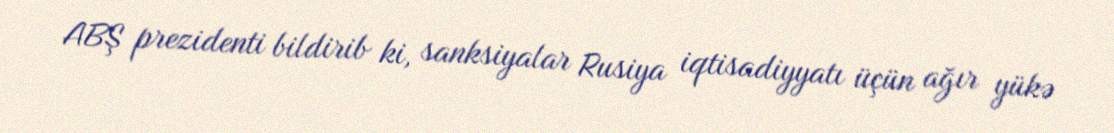
ABŞ prezidenti bildirib ki, sanksiyalar Rusiya iqtisadiyyatı üçün ağır yükə